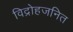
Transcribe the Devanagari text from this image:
विद्रोहजनित